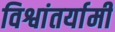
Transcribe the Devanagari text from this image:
विश्वांतर्यामी